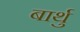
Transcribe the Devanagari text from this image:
बार्थु